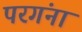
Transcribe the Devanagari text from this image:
परगंना